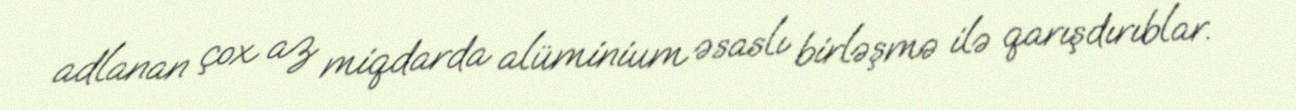
adlanan çox az miqdarda alüminium əsaslı birləşmə ilə qarışdırıblar.